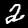
Digit: 2